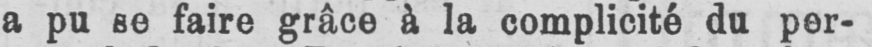
a pu se faire grâce à la complicité du per-